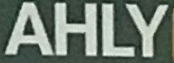
AHLY